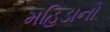
મહિડાનો